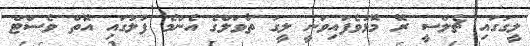
ލީގުގައި ޗެލްސީ ރޭ މޮޅުވެފައިވަނީ ލީގު ތާވަލްގެ އެންމެ ފުލުގައި އޮތް ވެސްޓް